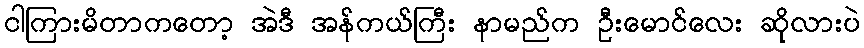
ငါကြားမိတာကတော့ အဲဒီ အန်ကယ်ကြီး နာမည်က ဦးမောင်လေး ဆိုလားပဲ